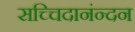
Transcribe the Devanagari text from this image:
सच्चिदानंन्दन